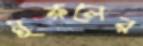
নুরুলের